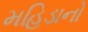
મહિડાનો